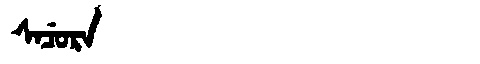
Manchu: ᠰᠠᠴᡠᡵᠠ
Romanization: SACURA